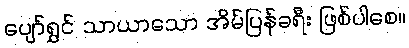
ပျော်ရွှင် သာယာသော အိမ်ပြန်ခရီး ဖြစ်ပါစေ။